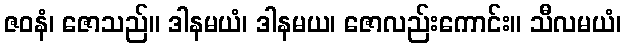
ဇဝနံ၊ ဇောသည်။ ဒါနမယံ၊ ဒါနမယ၊ ဇောလည်းကောင်း။ သီလမယံ၊